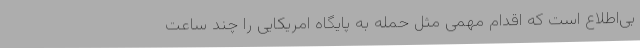
بی‌اطلاع است که اقدام مهمی مثل حمله به پایگاه امریکایی را چند ساعت